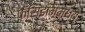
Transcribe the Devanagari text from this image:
फॅसिझममध्ये